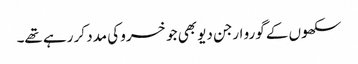
سکھوں کے گورو ارجن دیو بھی جو خسرو کی مدد کر رہے تھے۔